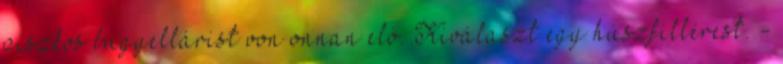
piszkos bugyellárist von onnan elő. Kiválaszt egy húszfillérest. -